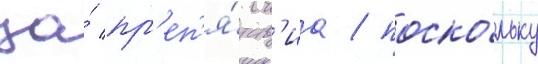
за́ пр'еп'я́тств'иа / поско́льку